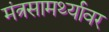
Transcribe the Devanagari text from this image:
मंत्रसामर्थ्यावर